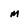
Character: M